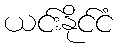
ယင်းနိုင်ငံ